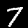
Digit: 7